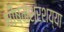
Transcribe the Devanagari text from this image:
भीष्मशरशय्या